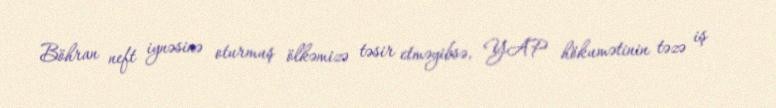
Böhran neft iynəsinə oturmuş ölkəmizə təsir etməyibsə, YAP hökumətinin təzə iş